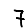
Digit: 7